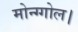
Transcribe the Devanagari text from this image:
मोन्ग्गोल।